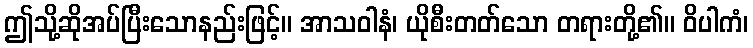
ဤသို့ဆိုအပ်ပြီးသောနည်းဖြင့်။ အာသဝါနံ၊ ယိုစီးတတ်သော တရားတို့၏။ ဝိပါကံ၊